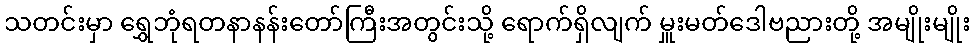
သတင်းမှာ ရွှေဘုံရတနာနန်းတော်ကြီးအတွင်းသို့ ရောက်ရှိလျက် မှူးမတ်ဒေါဗညားတို့ အမျိုးမျိုး